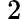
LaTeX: \ 2